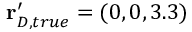
\mathbf { r } _ { D , t r u e } ^ { \prime } = ( 0 , 0 , 3 . 3 )